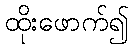
ထိုးဖောက်၍